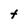
Character: t